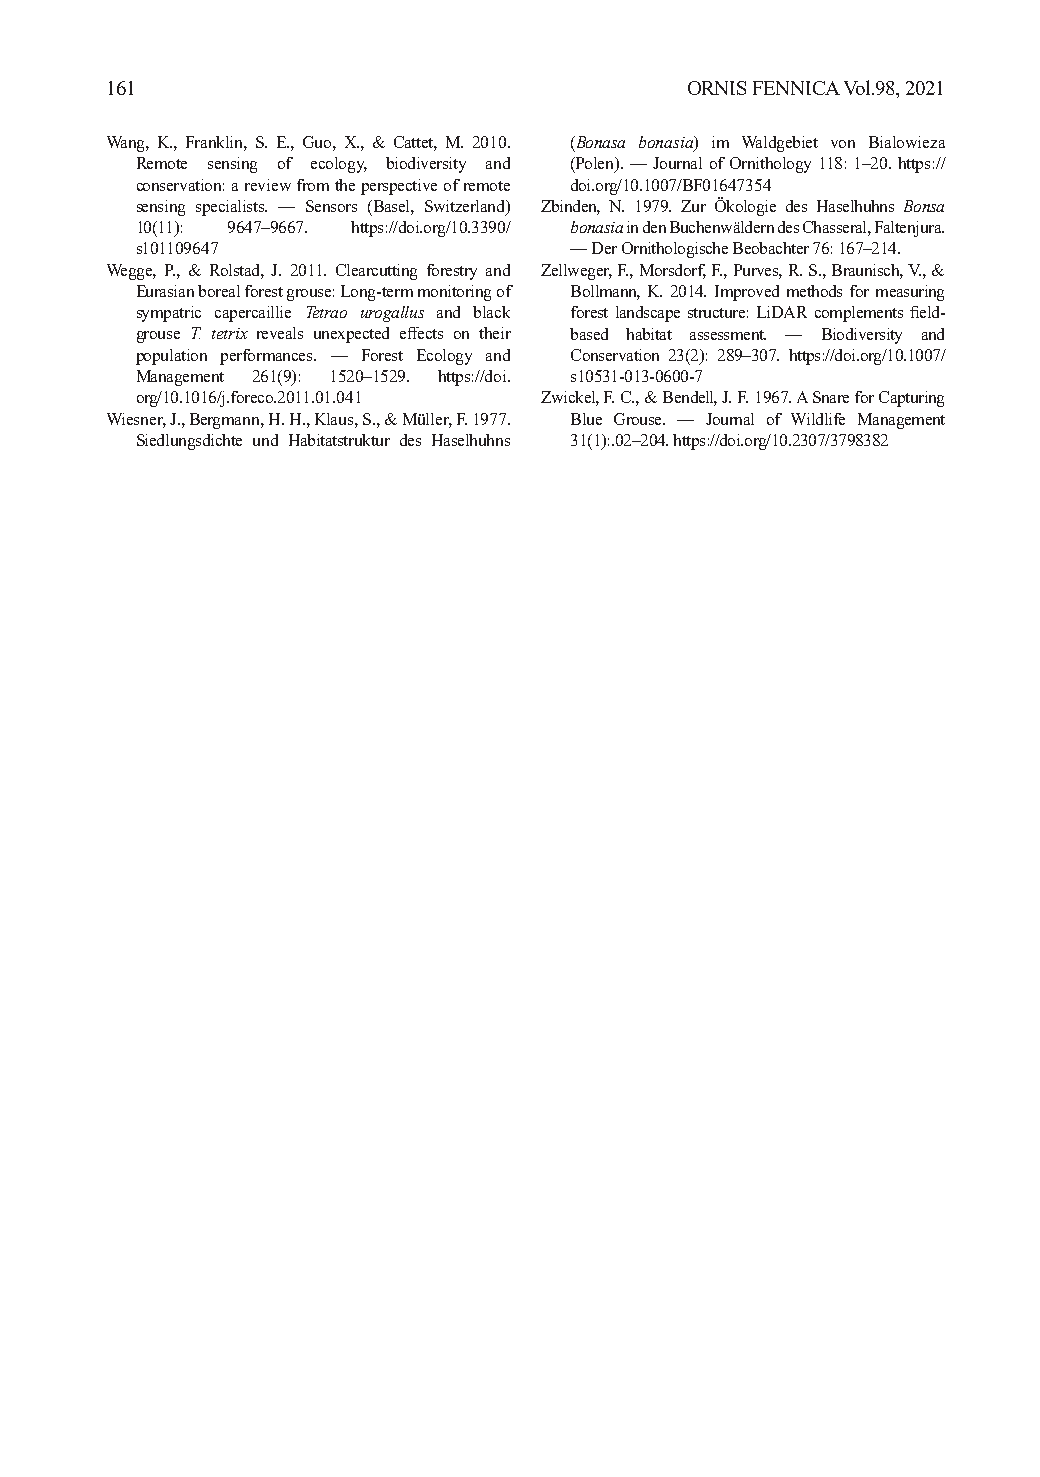
161                                   ORNIS FENNICA Vol.98, 2021
 Wang, K., Franklin, S. E., Guo, X., & Cattet, M. 2010. (Bonasa bonasia) im Waldgebiet von Bialowieza
 Remote sensing of ecology, biodiversity and (Polen). — Journal of Ornithology 118: 1–20. https://
 conservation: a review from the perspective of remote doi.org/10.1007/BF01647354
 sensing specialists. — Sensors (Basel, Switzerland) Zbinden, N. 1979. Zur Ökologie des Haselhuhns Bonsa
 10(11): 9647–9667. https://doi.org/10.3390/ bonasia in den Buchenwäldern des Chasseral, Faltenjura.
 s101109647                   — Der Ornithologische Beobachter 76: 167–214.
 Wegge, P., & Rolstad, J. 2011. Clearcutting forestry and Zellweger, F., Morsdorf, F., Purves, R. S., Braunisch, V., &
 Eurasian boreal forest grouse: Long-term monitoring of Bollmann, K. 2014. Improved methods for measuring
 sympatric capercaillie Tetrao urogallus and black forest landscape structure: LiDAR complements field-
 grouse T. tetrix reveals unexpected effects on their based habitat assessment. — Biodiversity and
 population performances. — Forest Ecology and Conservation 23(2): 289–307. https://doi.org/10.1007/
 Management 261(9): 1520–1529. https://doi. s10531-013-0600-7
 org/10.1016/j.foreco.2011.01.041 Zwickel, F. C., & Bendell, J. F. 1967. A Snare for Capturing
 Wiesner, J., Bergmann, H. H., Klaus, S., & Müller, F. 1977. Blue Grouse. — Journal of Wildlife Management
 Siedlungsdichte und Habitatstruktur des Haselhuhns 31(1):.02–204. https://doi.org/10.2307/3798382